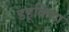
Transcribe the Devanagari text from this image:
डहूकिया